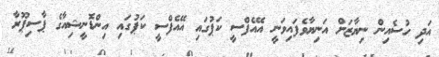
އަދި ހުސެއިން ނިޔާޒަށް އަނިޔާވެފައިވަނީ އޭއެފްސީ ކަޕުގައި އޭއެފްސީ ކަޕުގައި އިންޑޮނީޝިއާގެ ޕާސިޕޫރާ